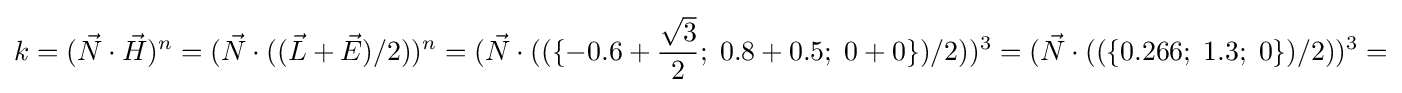
k=({\vec {N}}\cdot {\vec {H}})^{n}=({\vec {N}}\cdot (({\vec {L}}+{\vec {E}})/2))^{n}=({\vec {N}}\cdot ((\{-0.6+{\frac {\sqrt {3}}{2}};\;0.8+0.5;\;0+0\})/2))^{3}=({\vec {N}}\cdot ((\{0.266;\;1.3;\;0\})/2))^{3}=